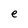
Character: e